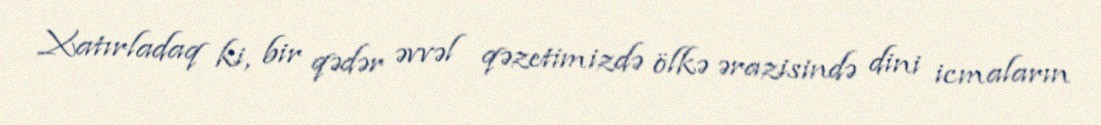
Xatırladaq ki, bir qədər əvvəl qəzetimizdə ölkə ərazisində dini icmaların